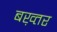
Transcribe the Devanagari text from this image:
बख़्तर